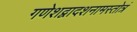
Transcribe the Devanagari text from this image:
गणेशद्वादशनामस्तोत्रं